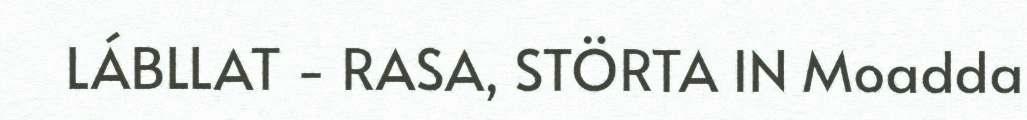
LÁBLLAT - RASA, STÖRTA IN Moadda